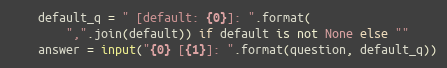
Language: Python
    default_q = " [default: {0}]: ".format(
        ",".join(default)) if default is not None else ""
    answer = input("{0} [{1}]: ".format(question, default_q))